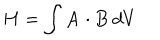
H = \int { \bf A } \cdot { \bf B } \, d V